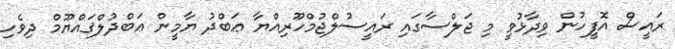
ރައީސް އޮފީހުން ވިދާޅުވީ މި ޖަލްސާގައި ރައީސުލްޖުމްހޫރިއްޔާ ޢަބްދު ޔާމީން ޢަބްދުލްޤައްޔޫމް ދިވެހި